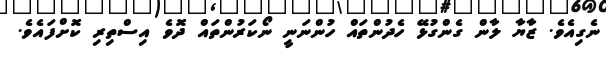
ނެގިއެވެ. ޒާޔާ ލާން ގެންގުޅޭ ހެދުންތައް ހުންނަނީ ނޯކަރުންތައް ދޮވެ އިސްތިރި ކޮށްފައެވެ.